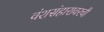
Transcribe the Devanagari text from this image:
वंशसंहारावरची